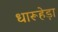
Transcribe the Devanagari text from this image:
धारूहेड़ा